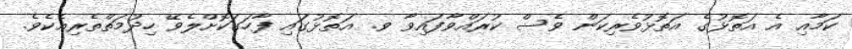
ކަމާއި އެ އަތޮޅުގެ އަތޮޅުވެރިކަން ވެސް ކުރައްވާފައިވާ ވ. އަތޮޅުގައި ފާހަަގަކޮށްލެވޭ ހިދުމަތްތެރިއެކެވެ.